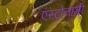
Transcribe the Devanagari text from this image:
एस्ट्रोनामी